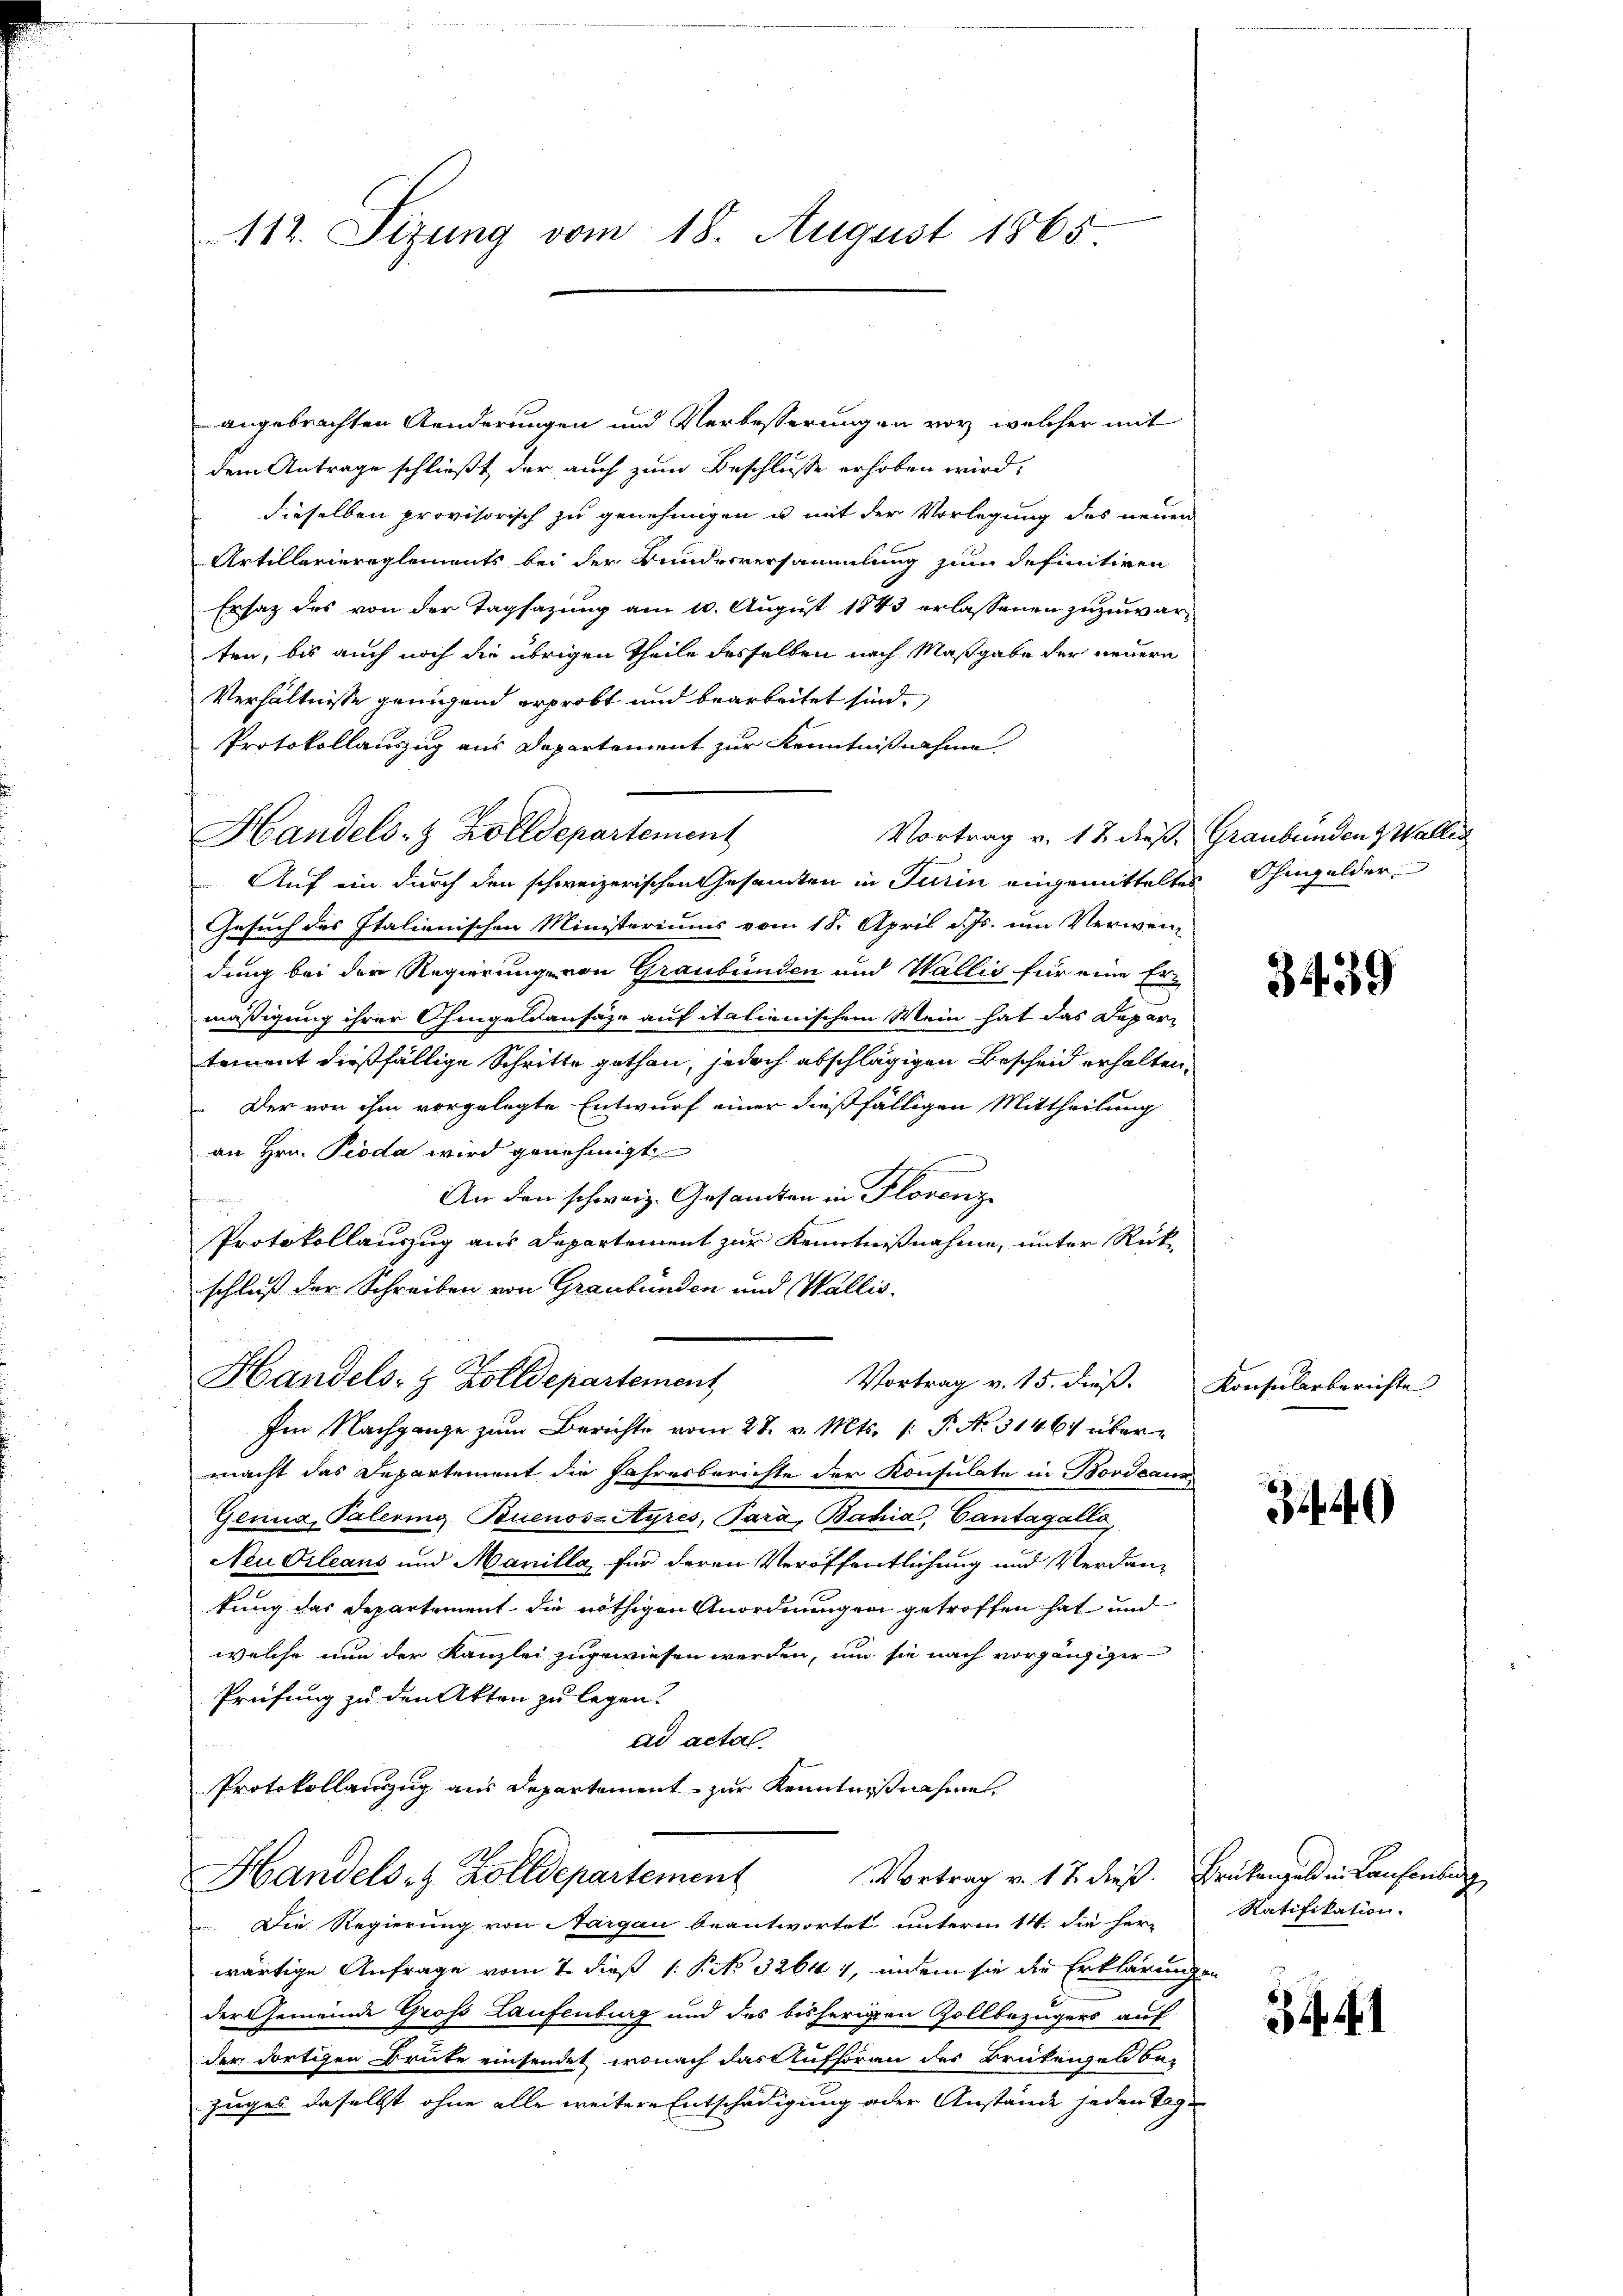
angebrachten Aenderungen und Verbesserungen vor welcher mit
dem Antrage schließt der auch zum Beschlusse erhoben wird,
dieselben provisorisch zu genehmigen u mit der Vorlegung des neuen
Artilleriereglements bei der Bundesversammlung zum definitiven
Ersatz des von der Tagsazung am 10. August 1843 erlassenen zuzuwarten, bis auch noch die übrigen Theile desselben nach Maßgabe der neuern
Verhältnisse genügend erprobt und bearbeitet sind.
Protokollauszug aus Departement zur Kenntnißnahme
Vortrag v. 12 dieß. Graubünden & Waller
Auf ein durch den schweizerischen Gesammten in Turin angemitteltes Ohmgelder
Gesuch des Italienischen Ministeriums vom 18. April d. Js. um Verwen-
dung bei der Regierung von Graubünden und Wallis für eine Er-
mäßigung ihrer Chingeldausäze auf italienischem Mein hat das Departement dießfällige Schritte gethan, jedoch abschlägigen Bescheid erhalten,
 Der von ihm vorgelegte Entwurf einer dießfälligen Mittheilung
an Hrn. Proda wird genehmigt
An den schweiz. Gesamten in Florenz
Protokollauszug aus Departement zur Kenntnißnahme, unter Rükschluß der Schreiben von Graubünden und Wallis.

112. Sizung vom 18. August 1865

Handels- & Zolldepartement

Handels- & Zolldepartement
Vortrag v. 15. dieß. Konsularberichte
Im Nachgange zum Berichte vom 27. v. Mts. 1. P. Nr. 31464 über¬

macht das Departement die Jahresberichte der Konsulate in Bordeaux
Genua, Palering Buenos-Ayres, Para, Bahia, Cantagálla
Neu Orleans und Manilla, für deren Veröffentlichung und Verdantung des Departement, die nöthigen Anordnungen getroffen hat und
welche nun der Kanzlei zugewiesen werden, um sie nach vorgängiger
Prüfung zu den Akten zu legen?
ad actal.
Protokollanzug aus Departement zur Kenntnißnahme
Vortrag v. 17. dieß. Brükengald in Laufenburg
Handels- & Zolldepartement
Die Regierung von Aargau beantwortet unterm 14. die her-
wärtige Anfrage vom 7. dieß 1: P. No. 32641, indem sie die Erklärungen
der Gemeinde Groß Laufenburg und des bisherigen Zollbezügers auf
der dortigen Brute einsendet, wonach das Aufhören des Brüteigen bezuges daselbst ohne alle weitere Entschädigung oder Anstände jeden Tage

3439

344)

Ratifikation.